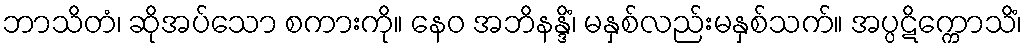
ဘာသိတံ၊ ဆိုအပ်သော စကားကို။ နေဝ အဘိနန္ဒိံ၊ မနှစ်လည်းမနှစ်သက်။ အပ္ပဋိက္ကောသိံ၊